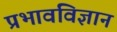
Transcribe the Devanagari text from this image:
प्रभावविज्ञान